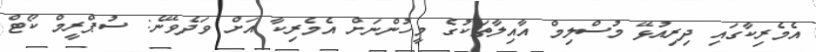
އެމެރިކާގައި ދިރިއުޅޭ މުސްލިމް އާއިލާތަކުގެ މީހުންނަށް އެމެރިކާ އަށް ވަދެވޭނެ: ސުޕްރީމް ކޯޓް